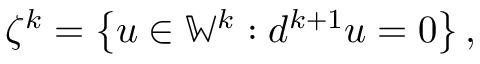
\zeta ^ { k } = \left\{ u \in \mathbb { W } ^ { k } : d ^ { k + 1 } u = 0 \right\} ,